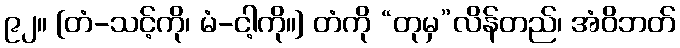
၉၂။ [တံ-သင့်ကို၊ မံ-ငါ့ကို။] တံကို “တုမှ”လိန်တည်၊ အံဝိဘတ်